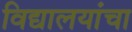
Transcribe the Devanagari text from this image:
विद्यालयांचा